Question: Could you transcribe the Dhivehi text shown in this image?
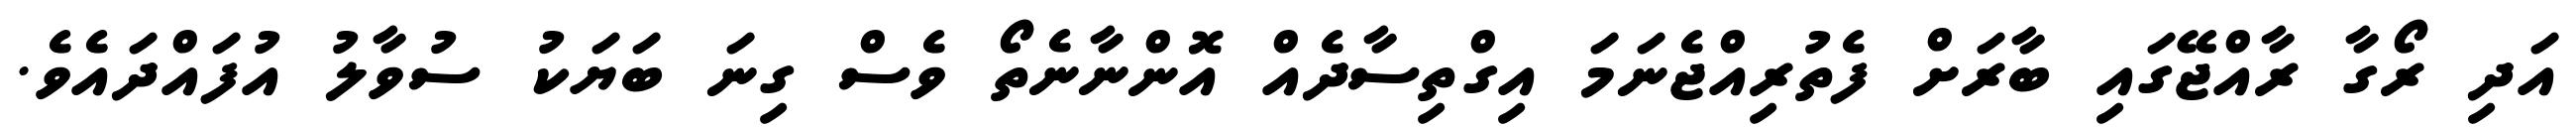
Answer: އަދި ރޯގާ ރާއްޖޭގައި ބާރަށް ފެތުރިއްޖެނަމަ އިގްތިސާދެއް އޮންނާނެތޯ ވެސް ގިނަ ބަޔަކު ސުވާލު އުފައްދައެވެ.